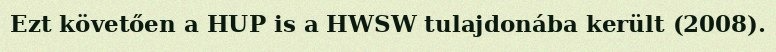
Ezt követően a HUP is a HWSW tulajdonába került (2008).